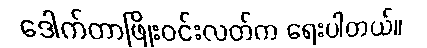
ဒေါက်တာဖြိုးဝင်းလတ်က ရေးပါတယ်။